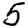
Digit: 5